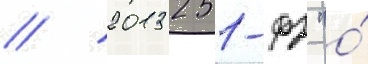
// 2013 251-фз "о́